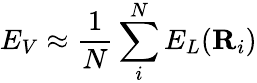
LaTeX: E_{V}\approx\frac{1}{N}\sum_{i}^{N}E_{L}(\mathbf{R}_{i})